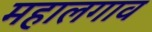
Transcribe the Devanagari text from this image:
महालगाव